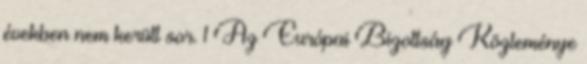
években nem került sor. 1 Az Európai Bizottság Közleménye